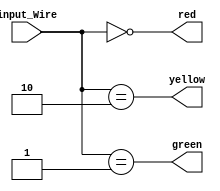
module Traffic_Light(
    input_Wire,                 
    red,                        
    green,                          
    yellow
    );

    input [1:0] input_Wire;                 // 00 : red 
    output red;                             // 01 : green
    output green;                           // 10 : yellow
    output yellow;

    assign  red = (input_Wire ==0);     
    assign  green = (input_Wire ==1);
    assign  yellow = (input_Wire ==2);

endmodule